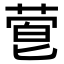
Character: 𬝙